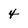
Character: 4